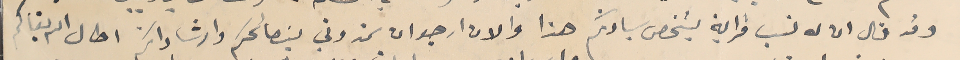
وقد قال ان له نسب قرابة لشخص سيادتكم هذا والان ارجو ان تمدوني بنصائحكم وارشاداتكم اطال الله بقاكم